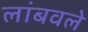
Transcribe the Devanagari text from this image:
लांबवले